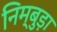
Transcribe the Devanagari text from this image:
निम्बुड़ा